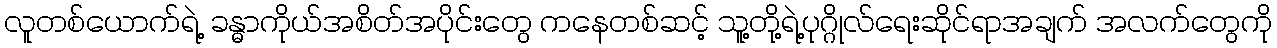
လူတစ်ယောက်ရဲ့ ခန္ဓာကိုယ်အစိတ်အပိုင်းတွေ ကနေတစ်ဆင့် သူ့တို့ရဲ့ပုဂ္ဂိုလ်ရေးဆိုင်ရာအချက် အလက်တွေကို